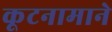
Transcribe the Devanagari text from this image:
कूटनामाने